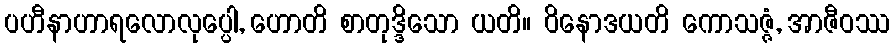
ပဟီနာဟာရလောလုပ္ပေါ, ဟောတိ စာတုဒ္ဒိသော ယတိ။ ဝိနောဒယတိ ကောသဇ္ဇံ, အာဇီဝဿ